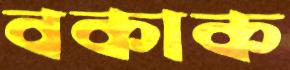
বকাক